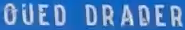
GÜED DRADER